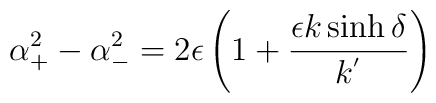
\alpha_{+}^{2}-\alpha_{-}^2=2\epsilon\left(1+\frac{\epsilon k\sinh\delta}{k^{'}}\right)